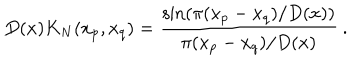
LaTeX: D ( x ) K _ { N } ( x _ { p } , x _ { q } ) = \frac { \sin \left( \pi ( x _ { p } - x _ { q } ) / D ( x ) \right) } { \pi ( x _ { p } - x _ { q } ) / D ( x ) } \: .